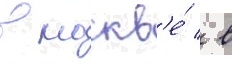
в москв'е́ / в